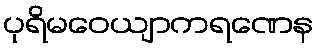
ပုရိမဝေယျာကရဏေန